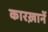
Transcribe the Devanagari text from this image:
कारख़ानें